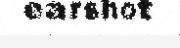
earshot